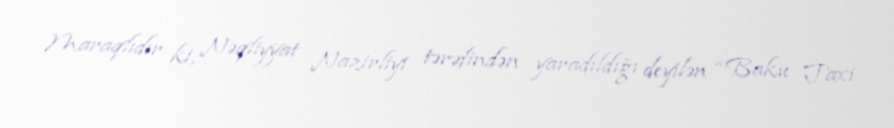
Maraqlıdır ki, Nəqliyyat Nazirliyi tərəfindən yaradıldığı deyilən “Baku Taxi